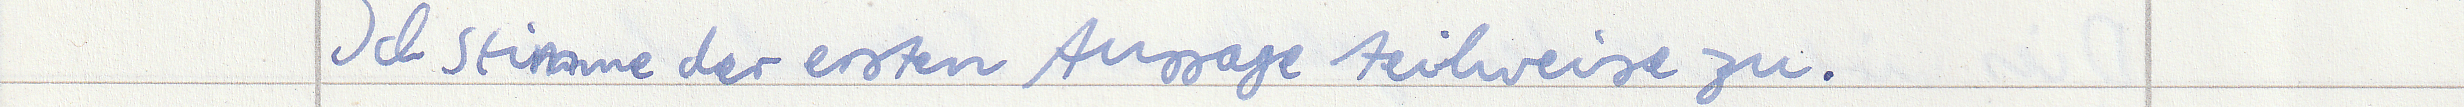
Ich stimme der ersten Aussage teilweise zu.